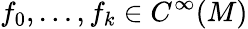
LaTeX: f_{0},\ldots,f_{k}\in C^{\infty}(M)